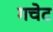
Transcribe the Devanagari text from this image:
गचेट